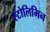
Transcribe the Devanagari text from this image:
स्टोलिमिन